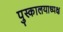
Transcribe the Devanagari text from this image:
पुस्कालयाध्यक्ष